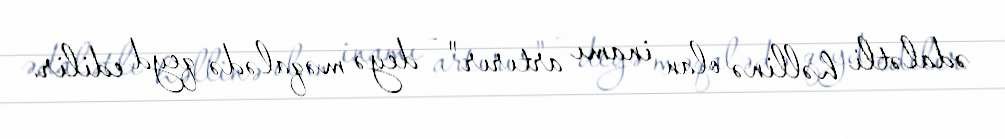
ədalətli həllinə olan inamı artırır" - deyə məqalədə qeyd edilir.